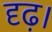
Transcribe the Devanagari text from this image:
दृढ़।